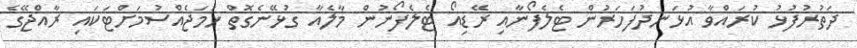
ދަތުރުފުޅު ކުރައްވާ އުޅަނދުފަހަރުން ޓެލެފޯނާއި ރޭޑިއޯ ޓެލެފޯނުން މާލެއާ ގުޅޭނެގޮތް ހަމަޖެއްސުމަށްޓަކައި ރާއްޖޭގެ